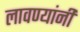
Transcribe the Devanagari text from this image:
लावण्यांनी